画像に写った文字を読んでください
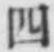
「四」と書いてあります